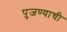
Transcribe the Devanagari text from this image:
पुजण्याची